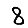
Digit: 8